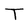
Character: T